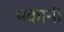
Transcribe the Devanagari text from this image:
पकानी